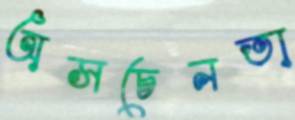
অসচেনতা